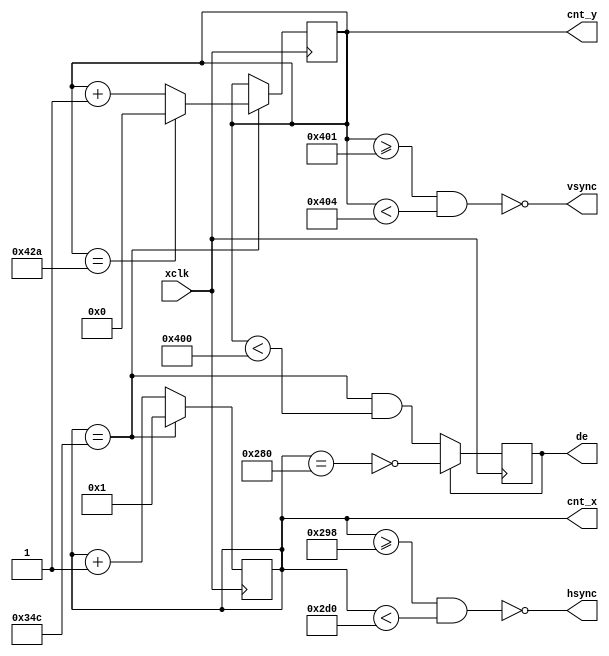
`timescale 1ns / 1ps
/*
** -----------------------------------------------------------------------------**
** vga_gen.v
**
** Copyright (C) 2010 WeiYue
**
** -----------------------------------------------------------------------------**
**  This file is part of FRFBC (FPGA Remote Framebuffer Controller)
**  FRFBC is free software - hardware description language (HDL) code.
** 
**  This program is free software: you can redistribute it and/or modify
**  it under the terms of the GNU General Public License as published by
**  the Free Software Foundation, either version 3 of the License, or
**  (at your option) any later version.
**
**  This program is distributed in the hope that it will be useful,
**  but WITHOUT ANY WARRANTY; without even the implied warranty of
**  MERCHANTABILITY or FITNESS FOR A PARTICULAR PURPOSE.  See the
**  GNU General Public License for more details.
**
**  You should have received a copy of the GNU General Public License
**  along with this program.  If not, see <http://www.gnu.org/licenses/>.
** -----------------------------------------------------------------------------**
**
*/
module vga_gen(     
     xclk,
     hsync,
     vsync,
     de,
     cnt_x,
     cnt_y
     );
parameter h_front = 24;
parameter h_syncpulse = 56;
parameter h_back  = 124;
parameter h_line  = 844;
parameter h_enable = 640;
parameter v_front = 1;
parameter v_syncpulse = 3;
parameter v_back  = 38;
parameter v_line  = 1066;
parameter v_enable = 1024;

input xclk;
output hsync, vsync;
output de;
output [10:0] cnt_x;
output [10:0] cnt_y;

reg [10:0] cnt_x = 11'b0;
reg [10:0] cnt_y = 11'b0;
reg de;
wire CounterXmaxed = (cnt_x==h_line);

assign hsync = !(cnt_x>=h_line-h_syncpulse-h_back&cnt_x<h_line-h_back);
assign vsync = !(cnt_y>=v_line-v_syncpulse-v_back&cnt_y<v_line-v_back); 

always @(posedge xclk)
if(CounterXmaxed)
	cnt_x <= 1;
else
	cnt_x <= cnt_x + 1;

always @(posedge xclk)
  if(CounterXmaxed)
  if(cnt_y==v_line)
    cnt_y <= 0;
  else
    cnt_y <= cnt_y + 1;

always @(posedge xclk)
if(de==0)
	de <= (CounterXmaxed) && (cnt_y<v_enable);
else
	de <= !(cnt_x==h_enable);

endmodule